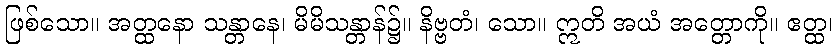
ဖြစ်သော။ အတ္ထနော သန္တာနေ၊ မိမိသန္တာန်၌။ နိဗ္ဗတံ၊ သော။ ဣတိ အယံ အတ္တောကို။ ဧတ္ထ၊